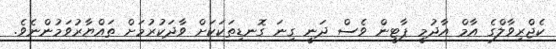
ކެޖްރިވާލްގެ އާމް އާދުމީ ޕާޓީން ވެސް ދަނީ ގިނަ ގޮނޑިތަކަކަށް ވާދަކުރުމަށް ތައްޔާރުވަމުންނެވެ.